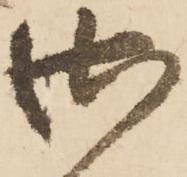
御